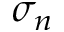
\sigma _ { n }